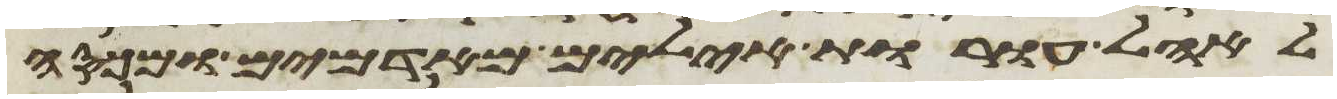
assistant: לאהל עורות אילים מאדמים ומכסה